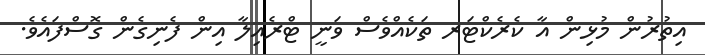
އިތުރުން މުޅިން އާ ކެރެކްޓަރ ތަކެއްވެސް ވަނީ ޓްރެއިލާ އިން ފެނިގެން ގޮސްފައެވެ.